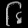
Digit: ၆